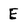
Character: E